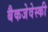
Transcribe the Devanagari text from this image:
बैकजेवेस्की